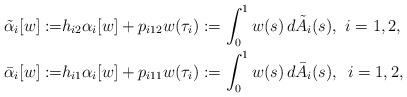
LaTeX: \begin{align*}\tilde{\alpha}_i[w]:=&h_{i2}\alpha_i[w]+p_{i12} w(\tau_i):= \int_0^1 w(s)\,d \tilde{A}_i(s),\,\,i=1,2,\\\bar{\alpha}_i[w]:=&h_{i1}\alpha_i[w]+p_{i11} w(\tau_i):= \int_0^1 w(s)\,d \bar{A}_i(s),\,\,\,i=1,2,\\\end{align*}